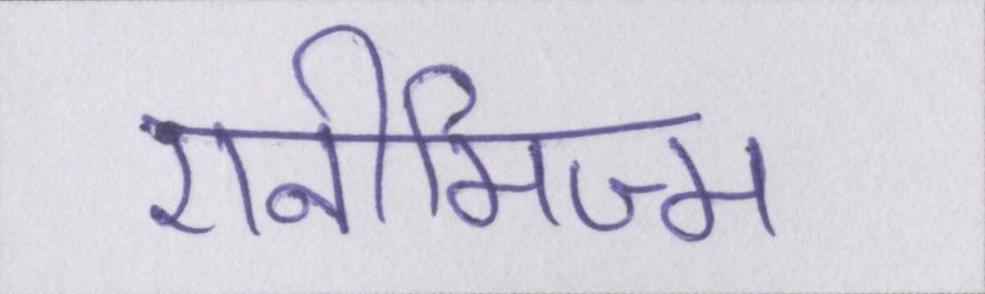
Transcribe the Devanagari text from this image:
एनीमिज्म